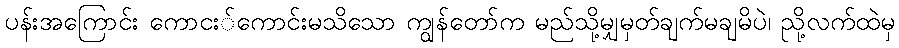
ပန်းအကြောင်း ကောငး်ကောင်းမသိသော ကျွန်တော်က မည်သို့မျှမှတ်ချက်မချမိပဲ၊ ညို့လက်ထဲမှ